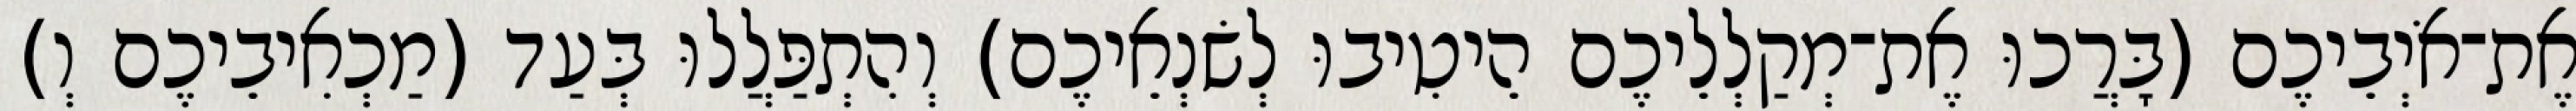
אֶת־אֹיְבֵיכֶם (בָּרֲכוּ אֶת־מְקַלְלֵיכֶם הֵיטִיבוּ לְשׂנְאֵיכֶם) וְהִתְפַּלֲלוּ בְּעַד (מַכְאִיבֵיכֶם וְ)